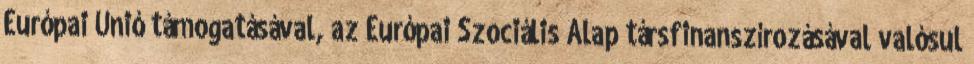
Európai Unió támogatásával, az Európai Szociális Alap társfinanszírozásával valósul